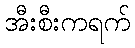
အီးစီးကရက်